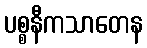
ပစ္စနီကသာတေန